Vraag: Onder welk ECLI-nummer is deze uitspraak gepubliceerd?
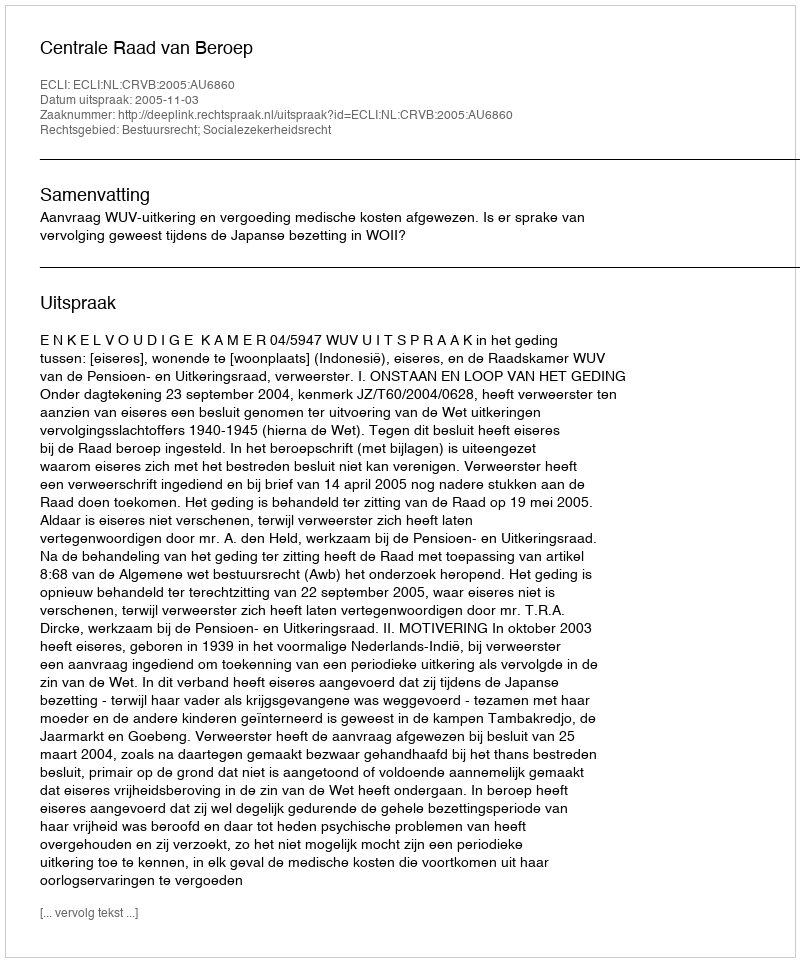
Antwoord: ECLI:NL:CRVB:2005:AU6860